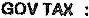
GOV TAX :